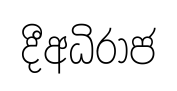
දීඅධිරාජ